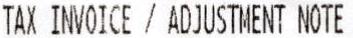
TAX INVOICE / ADJUSTMENT NOTE